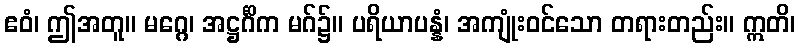
ဧဝံ၊ ဤအတူ။ မဂ္ဂေ၊ အဋ္ဌင်္ဂိက မဂ်၌။ ပရိယာပန္နံ၊ အကျုံးဝင်သော တရားတည်း။ ဣတိ၊